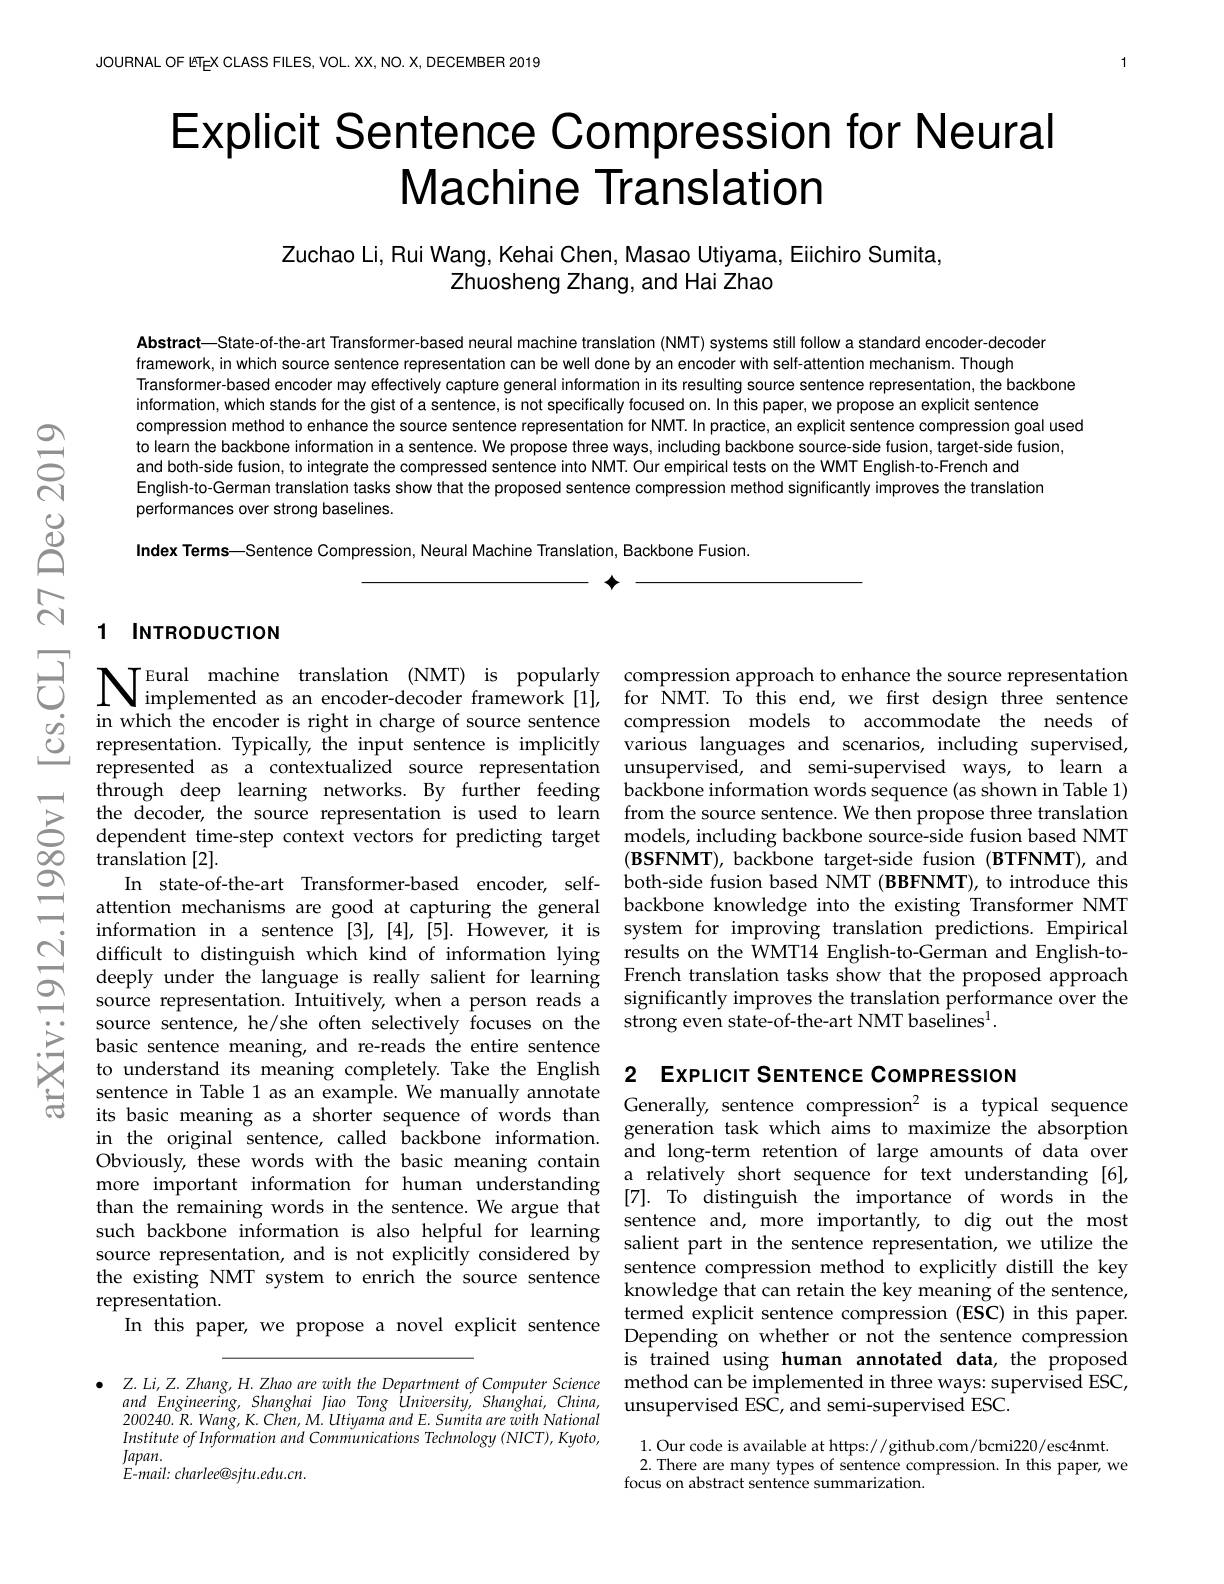
JOURNAL OF ETEX CLASS FILES, VOL. XX, NO. X, DECEMBER 2019

# Explicit Sentence Compression for Neural Machine Translation

Zuchao Li, Rui Wang, Kehai Chen, Masao Utiyama, Eiichiro Sumita,
Zhuosheng Zhang, and Hai Zhao

Abstract—State-of-the-art Transformer-based neural machine translation (NMT) systems still follow a standard encoder-decoder
framework, in which source sentence representation can be well done by an encoder with self-attention mechanism. Though
Transformer-based encoder may effectively capture general information in its resulting source sentence representation, the backbone
information, which stands for the gist of a sentence, is not specifically focused on. In this paper, we propose an explicit sentence
compression method to enhance the source sentence representation for NMT. In practice, an explicit sentence compression goal used
to learn the backbone information in a sentence. We propose three ways, including backbone source-side fusion, target-side fusion,
and both-side fusion, to integrate the compressed sentence into NMT. Our empirical tests on the WMT English-to-French and
English-to-German translation tasks show that the proposed sentence compression method significantly improves the translation
performances over strong baselines.
Index Terms—Sentence Compression, Neural Machine Translation, Backbone Fusion.

个

## 1 INTRODUCTION

through deep learning networks. By further feeding backbone information words sequence (as shown in Table 1) the decoder, the source representation is used to learn from the source sentence. We then propose three translation dependent time-step context vectors for predicting target models, including backbone source-side fusion based NMT
(BSFNMT), backbone target-side fusion (BTFNMT), and
In state-of-the-art Transformer-based encoder, self- both-side fusion based NMT (BBFNMT),to introduce this attention mechanisms are good at capturing the general backbone knowledge into the existing Transformer NMT information in a sentence [3],[4],[5]. However, it is system for improving translation predictions. Empirical difficult to distinguish which kind of information lying results on the WMT14 English-to-German and English-todeeply under the language is really salient for learning French translation tasks show that the proposed approach source representation. Intuitively, when a person reads a significantly improves the translation performance over the source sentence, he/she often selectively focuses on the strong even state-of-the-art NMT baselines$^1.$

$\operatorname{translation}[2].$
basic sentence meaning, and re-reads the entire sentence
to understand its meaning completely. Take the English 2 ExPLICIT SENTENCE COMPRESSION
sentence in Table 1 as an example. We manually annotate Generally, sentence compression^2 is a typical sequence its basic meaning as a shorter sequence of words Obviously, these words with the basic meaning contain more important information for human understanding than the remaining words in the sentence. We argue that such backbone information is also helpful for learning source representation, and is not explicitly considered by
representation.
In this paper, we propose a novel explicit sentence $\begin{array}{c}\text{termed explicit sentence compression(ESC)in this paper.}\\\text{Depending on whether or not the sentence compression}\end{array}$

and long-term retention of large amounts of data over a relatively short sequence for text understanding [6], [7]. To distinguish the importance of words in the sentence and, more importantly, to dig out the most salient part in the sentence representation, we utilize the is trained using human annotated data, the proposed
$\bullet$ $\mathbb{Z} .$Li,Z.Zhang,H.Zhao are with the Department of Computer Science method can be implemented in three ways. supervised ESC,
unsupervised ESC, and semi-supervised ESC.

and Engineering, Shanghai Jiao Tong University, Shanghai, China, $200240.R.Wang,K.Chen,M.UtiyamaandE.SumitaarewithNational$ Institute of Information and Commiumications Techmology (NICT), Kyoto, $Japan.$
$E-mail:charlee@sjtu.edu.cn.$

1. Our code is available at https://github.com/bcmi220/esc4nmt. 2. There are many types of sentence compression. In this paper, we focus on abstract sentence summarization.